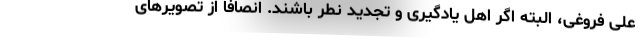
علی فروغی، البته اگر اهل یادگیری و تجدید نطر باشند. انصافا از تصویرهای